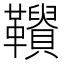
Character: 𩍾